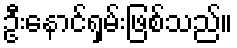
ဦးနောင်ရှမ်းဖြစ်သည်။